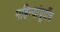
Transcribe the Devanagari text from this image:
महिन्यांपूर्वीच